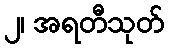
၂၊ အရတီသုတ်